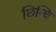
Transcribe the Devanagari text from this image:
छिन्धि